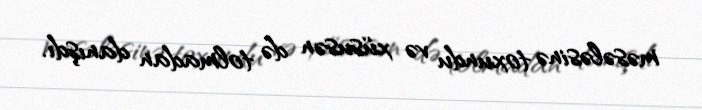
məsələsinə toxundu və xüsusən də tolmadan danışdı.